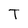
Character: T